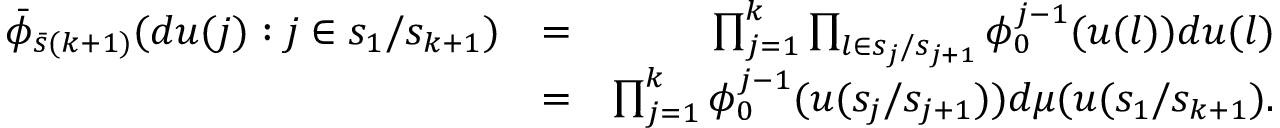
\begin{array} { r l r } { \bar { \phi } _ { \bar { s } ( k + 1 ) } ( d u ( j ) : j \in s _ { 1 } / s _ { k + 1 } ) } & { = } & { \prod _ { j = 1 } ^ { k } \prod _ { l \in s _ { j } / s _ { j + 1 } } \phi _ { 0 } ^ { j - 1 } ( u ( l ) ) d u ( l ) } \\ & { = } & { \prod _ { j = 1 } ^ { k } \phi _ { 0 } ^ { j - 1 } ( u ( s _ { j } / s _ { j + 1 } ) ) d \mu ( u ( s _ { 1 } / s _ { k + 1 } ) . } \end{array}